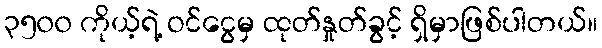
၃၅၀၀ ကိုယ့်ရဲ့ ဝင်ငွေမှ ထုတ်နှုတ်ခွင့် ရှိမှာဖြစ်ပါတယ်။